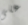
على